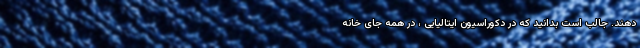
دهند. جالب است بدانید که در دکوراسیون ایتالیایی ، در همه جای خانه